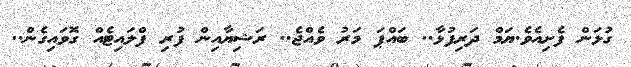
ގުޅަން ފެށިއެވެ.ޔަމް ދަރިފުޅާ.. ބައްޕަ މަރު ވެއްޖެ.. ރަޝިޔާއިން ފުރި ފްލައިޓެއް ގޮވައިގެން..